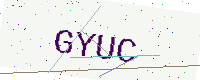
Text: GYUC